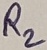
Text: R2